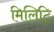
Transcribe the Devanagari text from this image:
मिलिट्रि